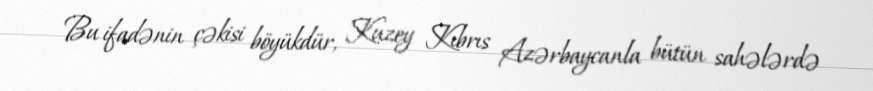
Bu ifadənin çəkisi böyükdür, Kuzey Kıbrıs Azərbaycanla bütün sahələrdə